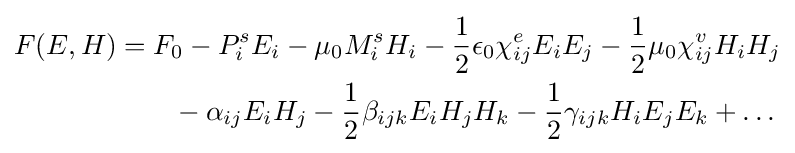
{\begin{aligned}F(E,H)&=F_{0}-P_{i}^{s}E_{i}-\mu _{0}M_{i}^{s}H_{i}-{\frac {1}{2}}\epsilon _{0}\chi _{ij}^{e}E_{i}E_{j}-{\frac {1}{2}}\mu _{0}\chi _{ij}^{v}H_{i}H_{j}\\&\qquad -\alpha _{ij}E_{i}H_{j}-{\frac {1}{2}}\beta _{ijk}E_{i}H_{j}H_{k}-{\frac {1}{2}}\gamma _{ijk}H_{i}E_{j}E_{k}+\ldots \end{aligned}}